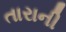
તારાની